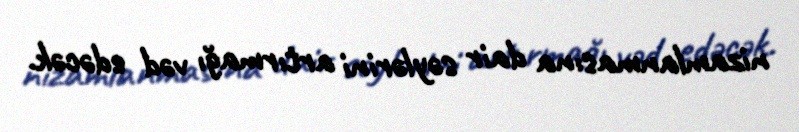
nizamlanmasına dair səylərini artırmağı vəd edəcək.